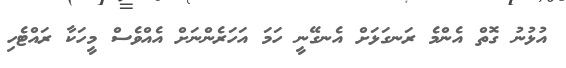
އުޅުނު ގޮތް އެންމެ ރަނގަޅަށް އެނގޭނީ ހަމަ އަހަރެންނަށް އެއްވެސް މީހަކާ ރައްޓެހި